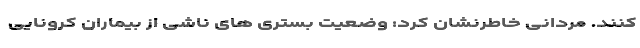
کنند. مردانی خاطرنشان کرد: وضعیت بستری های ناشی از بیماران کرونایی